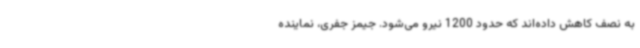
به نصف کاهش داده‌اند که حدود 1200 نیرو می‌شود. جیمز جفری، نماینده